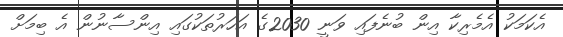
އެކަމަކު އެމެރިކާ އިން ބުނެފައި ވަނީ 2030ގެ އަހަރުތަކުގައި އިންސާނުން އެ ބިމަށް